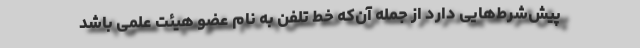
پیش‌شرط‌هایی دارد از جمله آن‌که خط تلفن به نام عضو هیئت علمی باشد